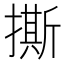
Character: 撕